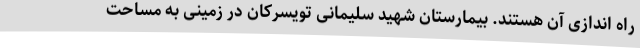
راه اندازی آن هستند. بیمارستان شهید سلیمانی تویسرکان در زمینی به مساحت